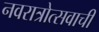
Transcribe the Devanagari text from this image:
नवरात्रोत्सवाची